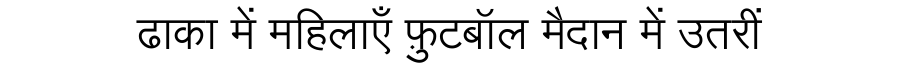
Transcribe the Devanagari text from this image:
ढाका में महिलाएँ फ़ुटबॉल मैदान में उतरीं